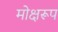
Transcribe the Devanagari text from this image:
मोक्षरूप